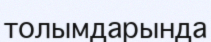
толымдарында